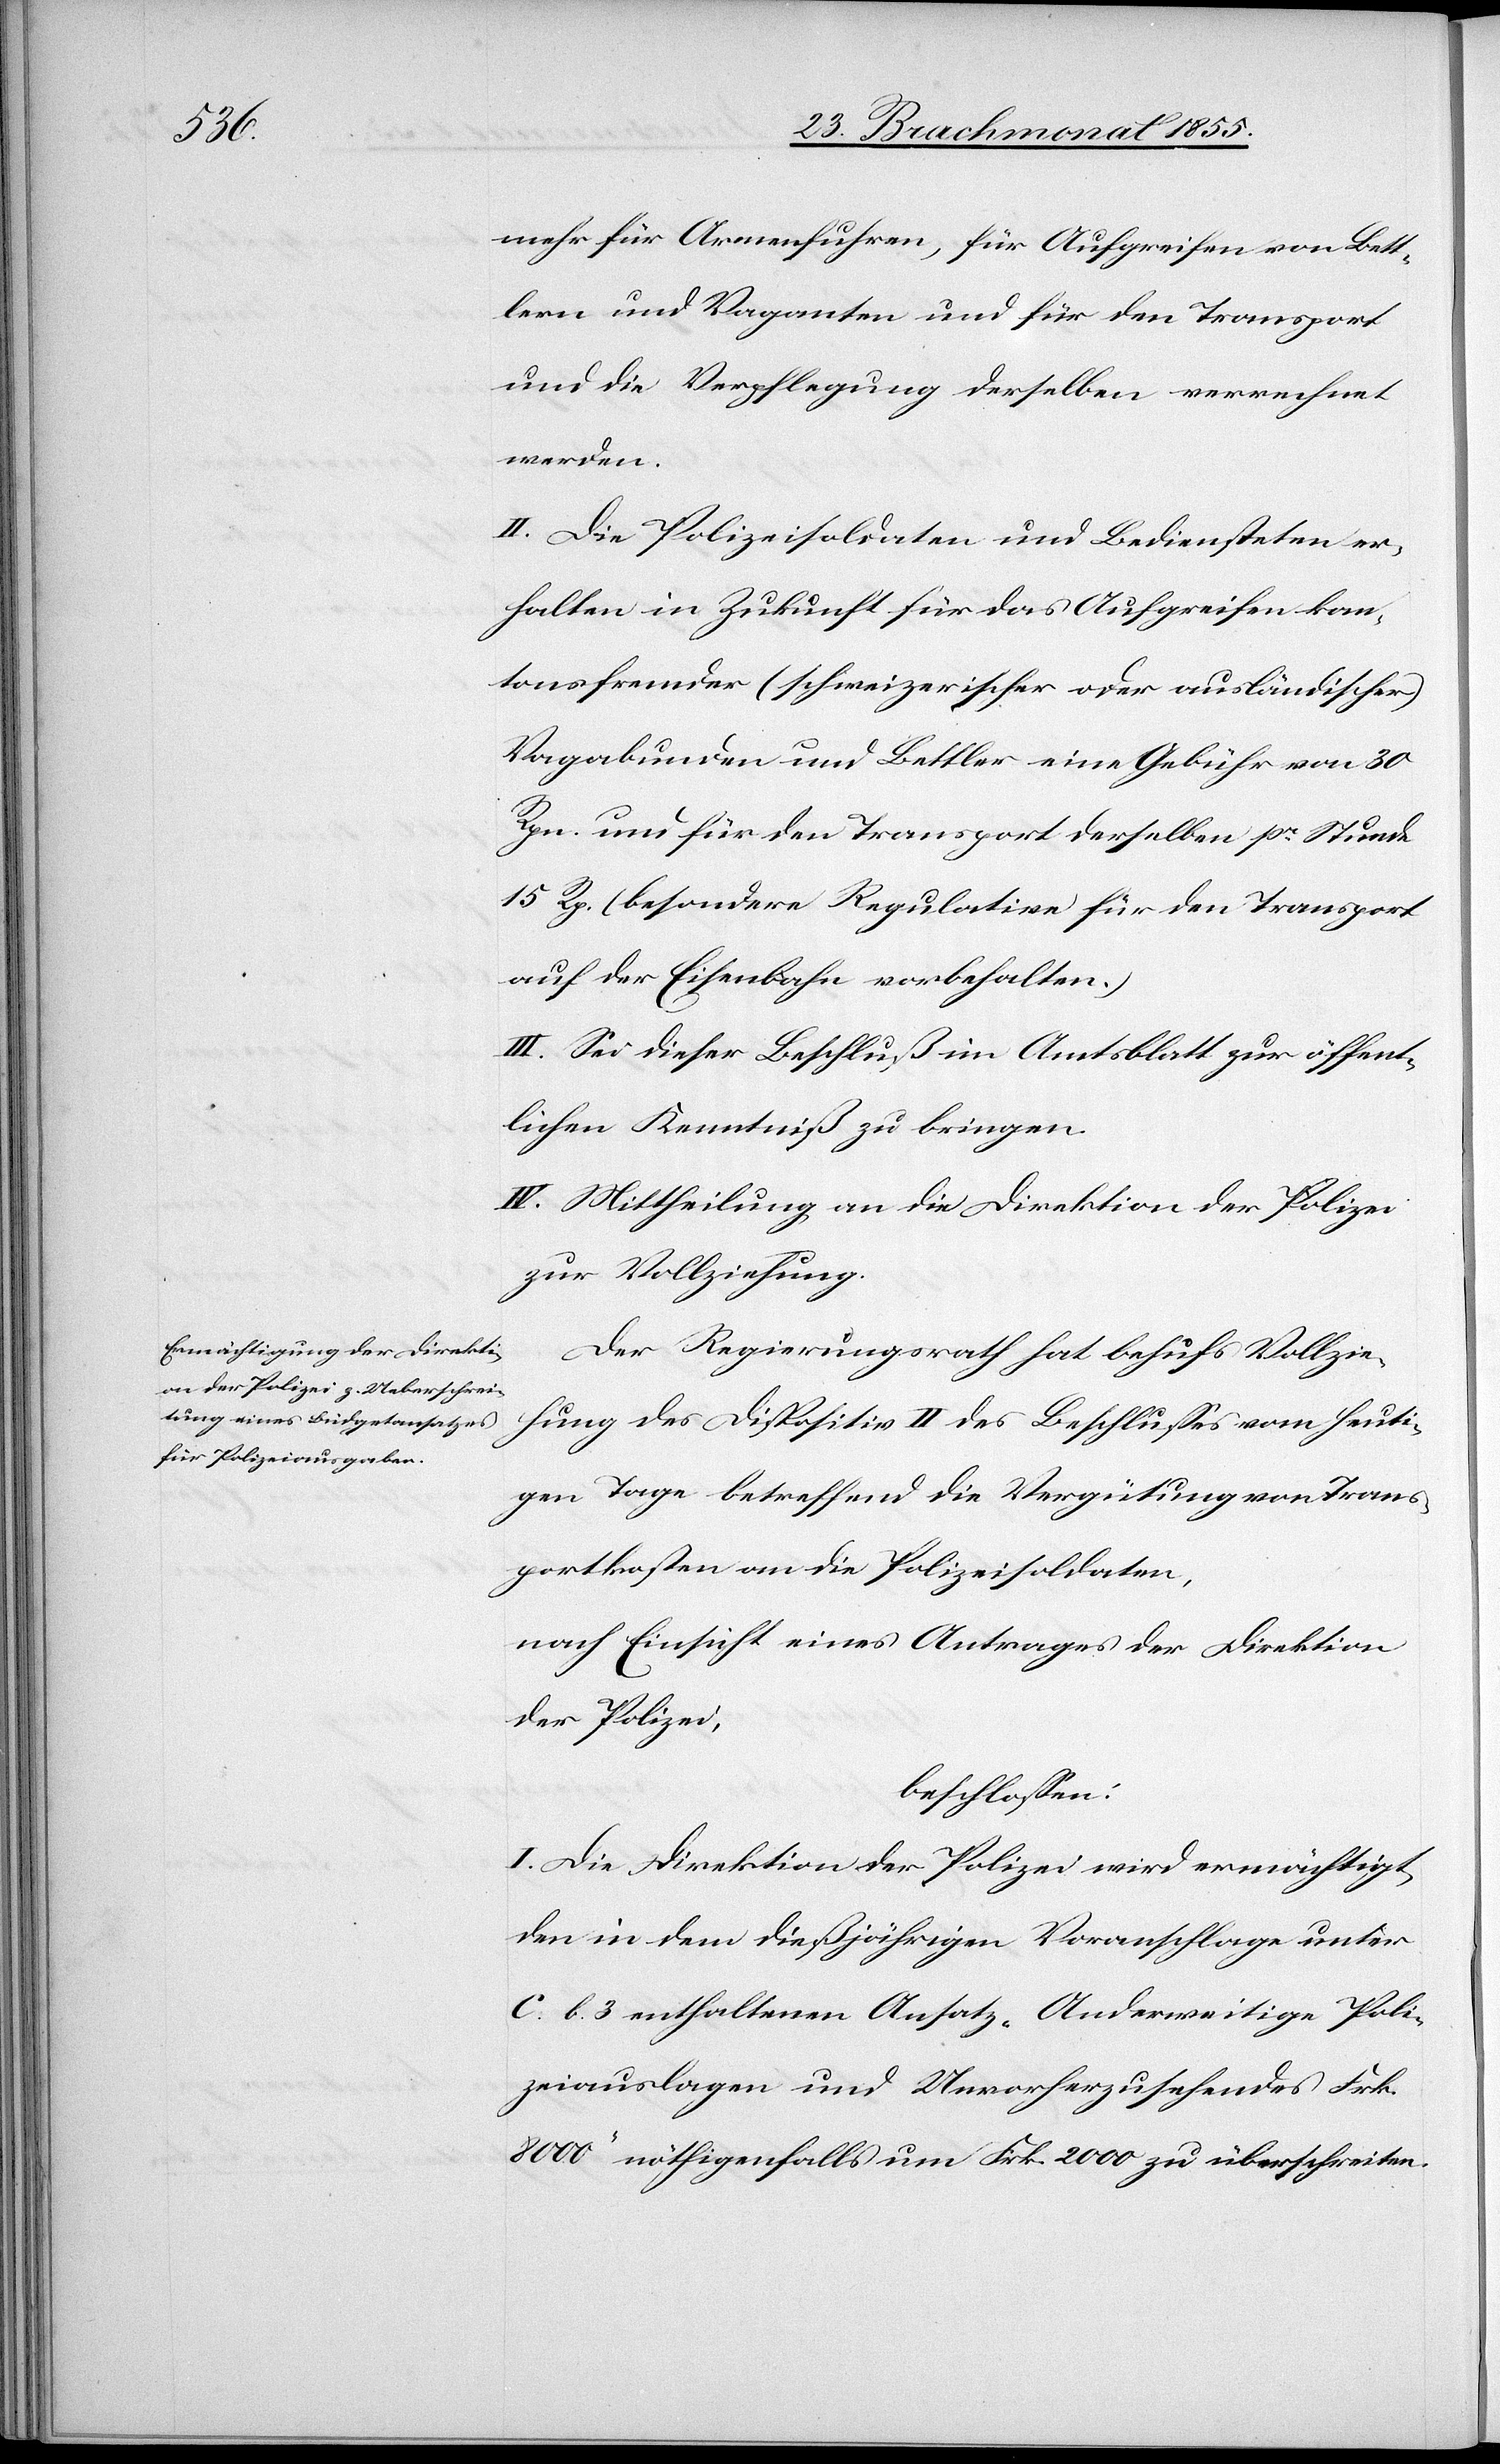
mehr für Armenfuhren, für Aufgreifen von Bett¬
lern und Vaganten und für den Transport
und die Verpflegung derselben verrechnet
werden.
II. Die Polizeisoldaten und Bediensteten er¬
halten in Zukunft für das Aufgreifen kan¬
tonsfremder (schweizerischer oder ausländischer)
Vagabunden und Bettler eine Gebühr von 30
Rpn. und für den Transport derselben pr. Stunde
15 Rp. (besondere Regulative für den Transport
auf der Eisenbahn vorbehalten.)
III. Sei dieser Beschluß im Amtsblatt zur öffent¬
lichen Kenntniß zu bringen.
IV. Mittheilung an die Direktion der Polizei
zur Vollziehung.
Der Regierungsrath hat behufs Vollzie¬
hung des Dispositiv II des Beschlusses vom heuti¬
gen Tage betreffend die Vergütung von Trans¬
portkosten an die Polizeisoldaten,
nach Einsicht eines Antrages der Direktion
der Polizei,
beschlossen:
I. Die Direktion der Polizei wird ermächtigt,
den in dem dießjährigen Voranschlage unter
C. b. 3 enthaltenen Ansatz „Anderweitige Poli¬
zeiauslagen und Unvorherzusehendes Frk.
8000“ nöthigenfalls um Frk. 2000 zu überschreiten.